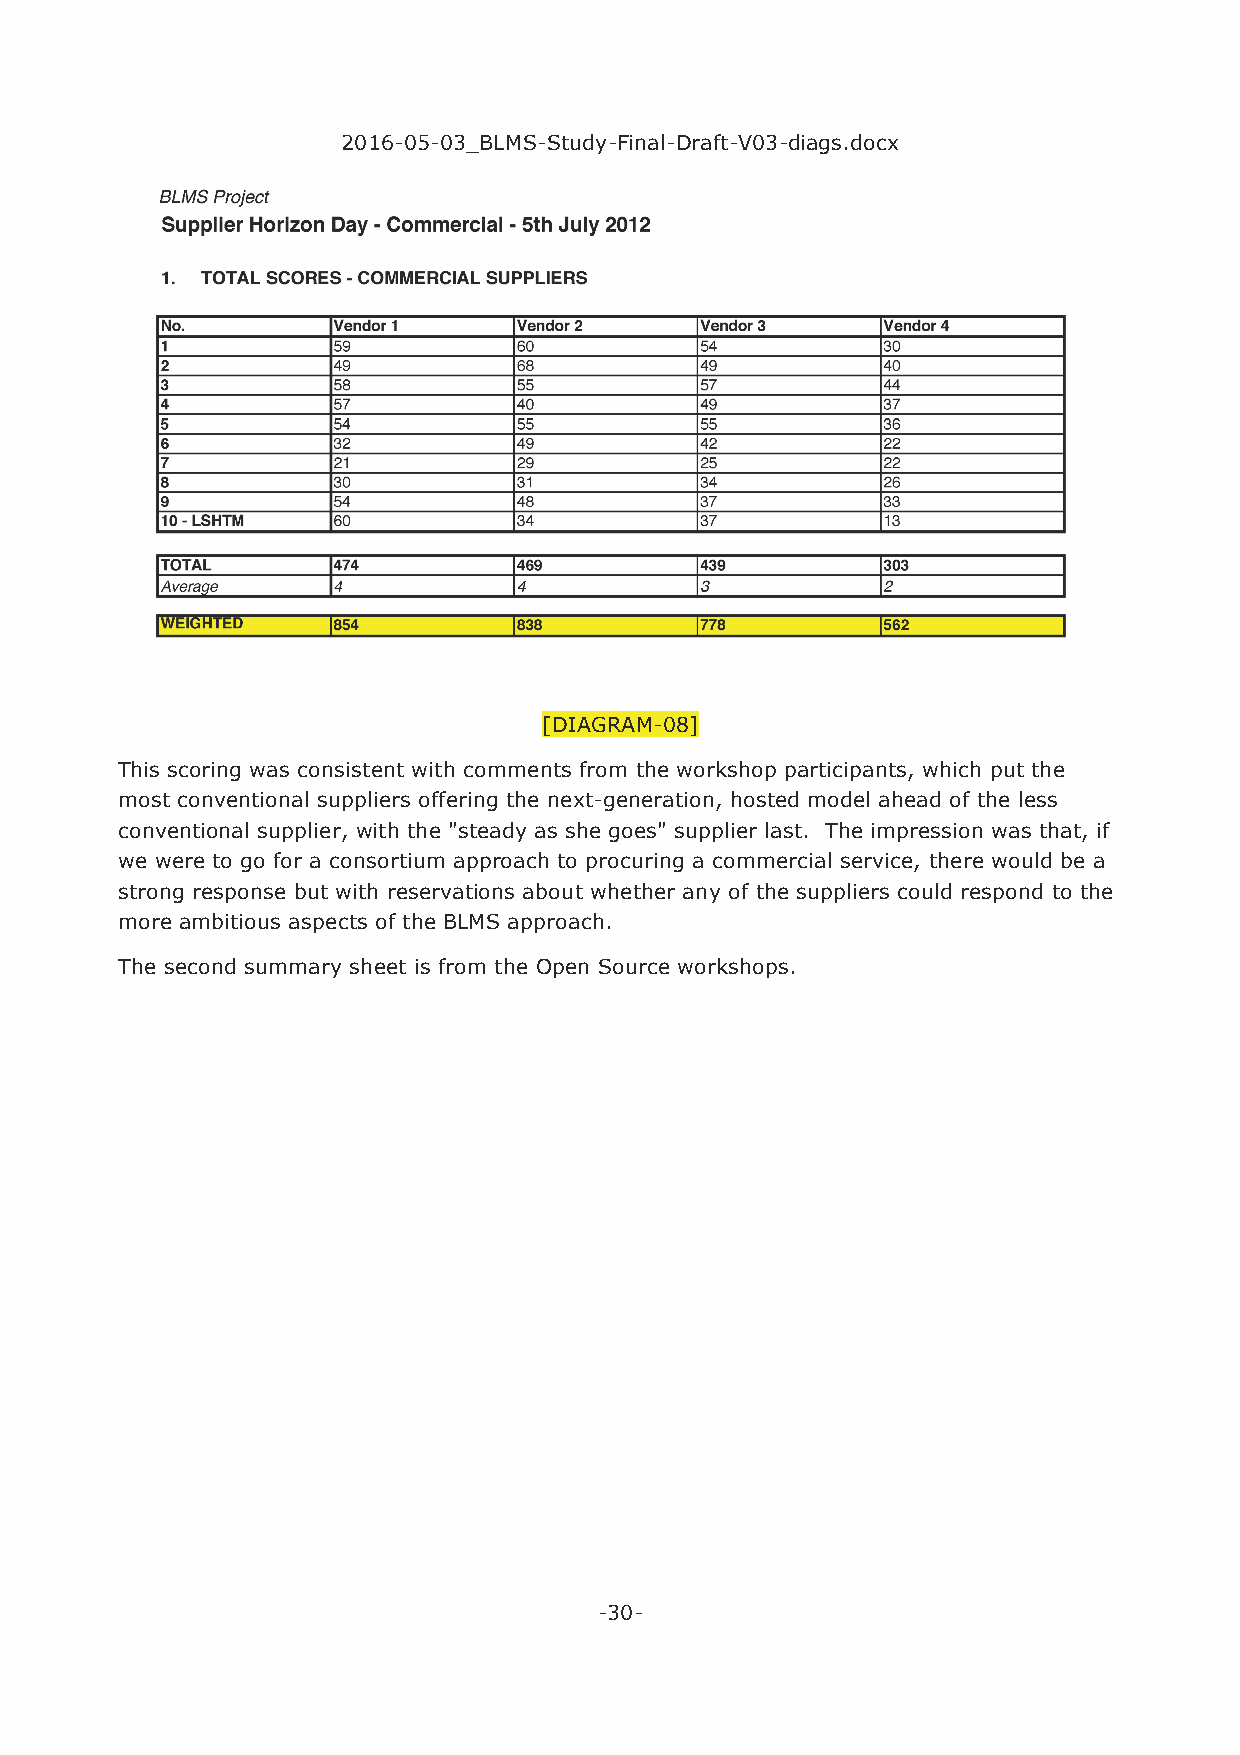
2016-05-03_BLMS-Study-Final-Draft-V03-diags.docx
 [DIAGRAM-08]
 This scoring was consistent with comments from the workshop participants, which put the
 most conventional suppliers offering the next-generation, hosted model ahead of the less
 conventional supplier, with the "steady as she goes" supplier last. The impression was that, if
 we were to go for a consortium approach to procuring a commercial service, there would be a
 strong response but with reservations about whether any of the suppliers could respond to the
 more ambitious aspects of the BLMS approach.
 The second summary sheet is from the Open Source workshops.
 -30-